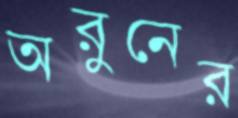
অরুনের